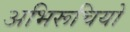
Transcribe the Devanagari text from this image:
अभिरूचियो